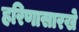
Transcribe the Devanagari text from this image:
हरिणासारखे